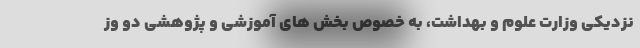
نزدیکی وزارت علوم و بهداشت، به خصوص بخش های آموزشی و پژوهشی دو وز